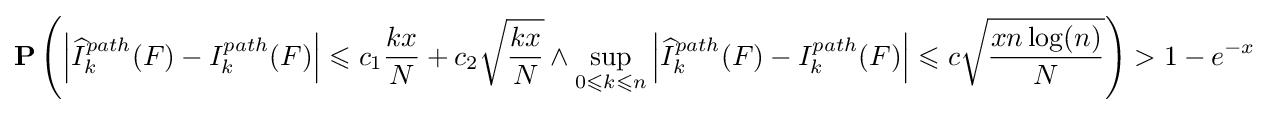
\mathbf {P} \left(\left|{\widehat {I}}_{k}^{path}(F)-I_{k}^{path}(F)\right|\leqslant c_{1}{\frac {kx}{N}}+c_{2}{\sqrt {\frac {kx}{N}}}\land \sup _{0\leqslant k\leqslant n}\left|{\widehat {I}}_{k}^{path}(F)-I_{k}^{path}(F)\right|\leqslant c{\sqrt {\frac {xn\log(n)}{N}}}\right)>1-e^{-x}